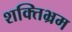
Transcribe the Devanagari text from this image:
शक्तिभ्रम